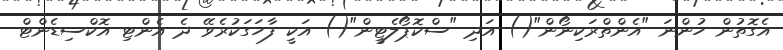
އެގޮތުން ހުންނަ "އެންތްރަކިނޯން"() އަދި "ސްކޮޕޯލެޓީން"() އަކީ ފާހަގަކުރެވޭ ދެ އެންޓި އޮކްސިޑެންޓް